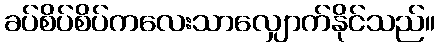
ခပ်စိပ်စိပ်ကလေးသာလျှောက်နိုင်သည်။